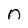
Character: n